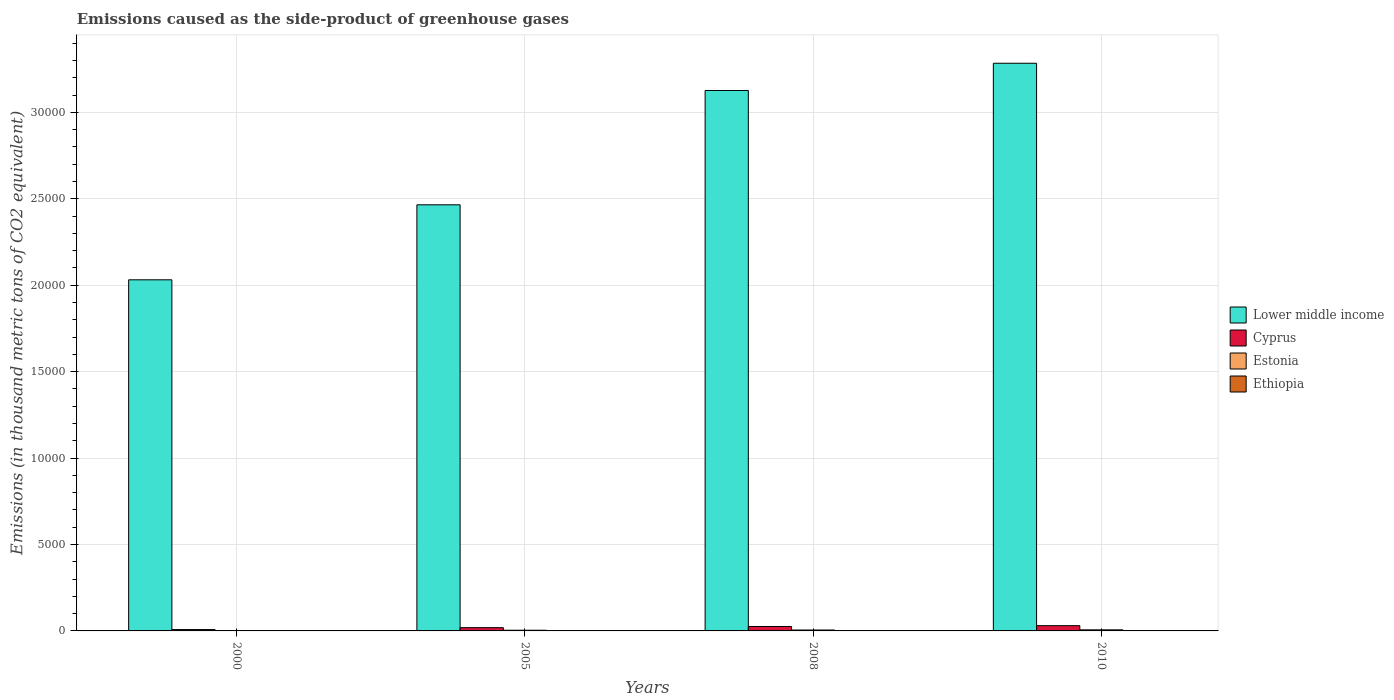
| Years | Lower middle income | Cyprus | Estonia | Ethiopia |
 | --- | --- | --- | --- | --- |
 | 2000 | 2.03e+04 | 78.4 | 13.3 | 3.6 |
 | 2005 | 2.47e+04 | 188 | 39.4 | 10.3 |
 | 2008 | 3.13e+04 | 256 | 53.3 | 13.3 |
 | 2010 | 3.28e+04 | 304 | 63 | 16 |